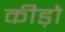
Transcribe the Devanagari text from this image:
कीड़ोे